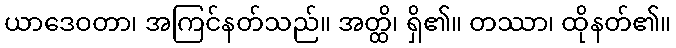
ယာဒေဝတာ၊ အကြင်နတ်သည်။ အတ္ထိ၊ ရှိ၏။ တဿာ၊ ထိုနတ်၏။